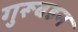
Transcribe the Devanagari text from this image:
गुरूबहन